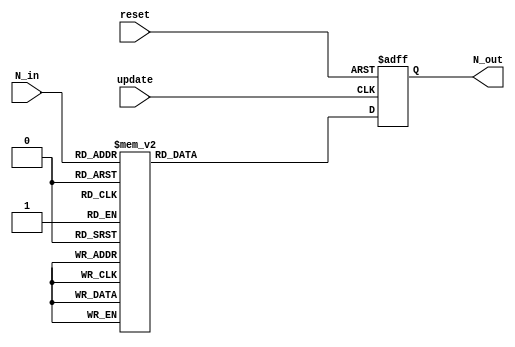
module Display7Segment (
		input	   		 reset,		//module reset
		input  	   [3:0] N_in,		//input number
		input			 update,	//update command
		output reg [6:0] N_out		//output signal for the 7 segment
	);
	
	always @(posedge update or posedge reset) begin
	
		if (reset) begin
		
			N_out <= 7'b1000000;
			
		end else
		
		case (N_in)
			
			4'b0000: N_out <= 7'b1000000;
			4'b0001: N_out <= 7'b1111001;
			4'b0010: N_out <= 7'b0100100;
			4'b0011: N_out <= 7'b0110000;
			4'b0100: N_out <= 7'b0011001;
			4'b0101: N_out <= 7'b0010010;
			4'b0110: N_out <= 7'b0000010;
			4'b0111: N_out <= 7'b1111000;
			4'b1000: N_out <= 7'b0000000;
			4'b1001: N_out <= 7'b0010000;
			default: N_out <= 7'b1000000;
			
		endcase
		
	end

endmodule